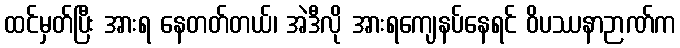
ထင်မှတ်ပြီး အားရ နေတတ်တယ်၊ အဲဒီလို အားရကျေနပ်နေရင် ဝိပဿနာဉာဏ်က